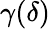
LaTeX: \gamma(\delta)